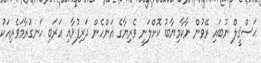
ޙަސްޤީލް ނުބައި ރޭވުން ނާކާމިޔާބު ކޮށްލަނީ ވެރިޔާގެ އަންހެން ދަރިފުޅާއި ޢަރަބި ހަނގުރާމަވެރިއަކު